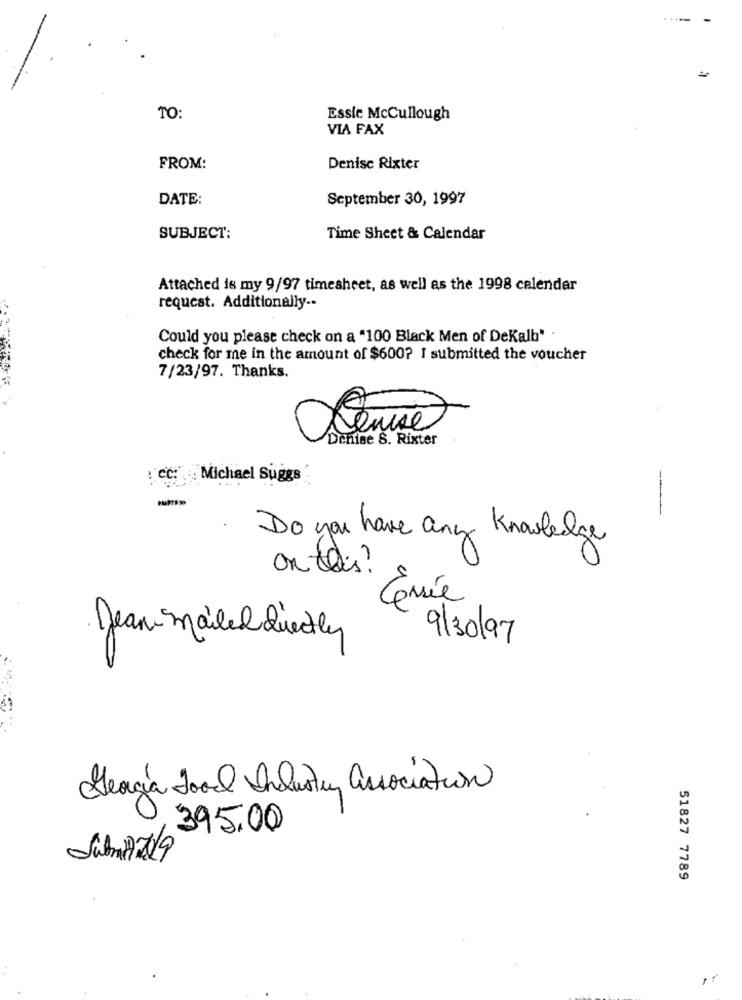
TO:
Essie Mccullough
VIA FAX
FROM:
Denise Rixter
DATE:
September 30, 1997
SUBJECT:
Time Sheet & Calendar
Attached is my 9/97 timesheet, as well as the 1998 calendar
request. Additionally --
Could you please check on a "100 Black Men of Dekalb" .
check for me in the amount of $600? I submitted the voucher
7/23/97. Thanks.
Deniae S. Rixter
: CC: Michael Suggs
-
Do you have any Knowledge
on this?
Gerrie
Jean mailed directly
9/30/97
Georgia Food Industry association
395.00
51827 7789